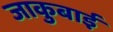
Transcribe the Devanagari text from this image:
जाकुबाई